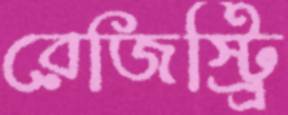
রেজিস্ট্র্রি